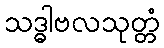
သဒ္ဓါဗလသုတ္တံ